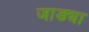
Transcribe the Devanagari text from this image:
जाड्या